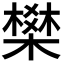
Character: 𭫽